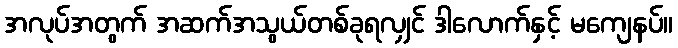
အလုပ်အတွက် အဆက်အသွယ်တစ်ခုရလျှင် ဒါလောက်နှင့် မကျေနပ်။